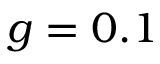
g = 0 . 1